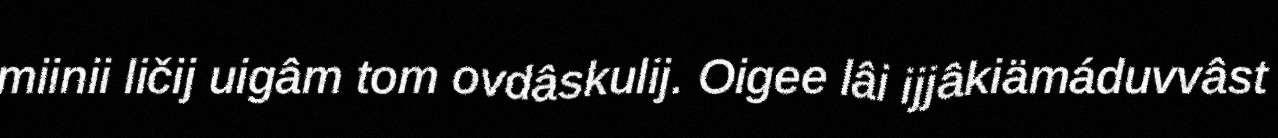
miinii ličij uigâm tom ovdâskulij. Oigee lâi ijjâkiämáduvvâst